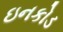
ઇનકોડ